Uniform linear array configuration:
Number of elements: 24
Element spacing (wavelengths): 0.5
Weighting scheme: cosine
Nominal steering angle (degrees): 0
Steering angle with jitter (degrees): -0.6133
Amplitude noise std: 0.05
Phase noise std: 0.05

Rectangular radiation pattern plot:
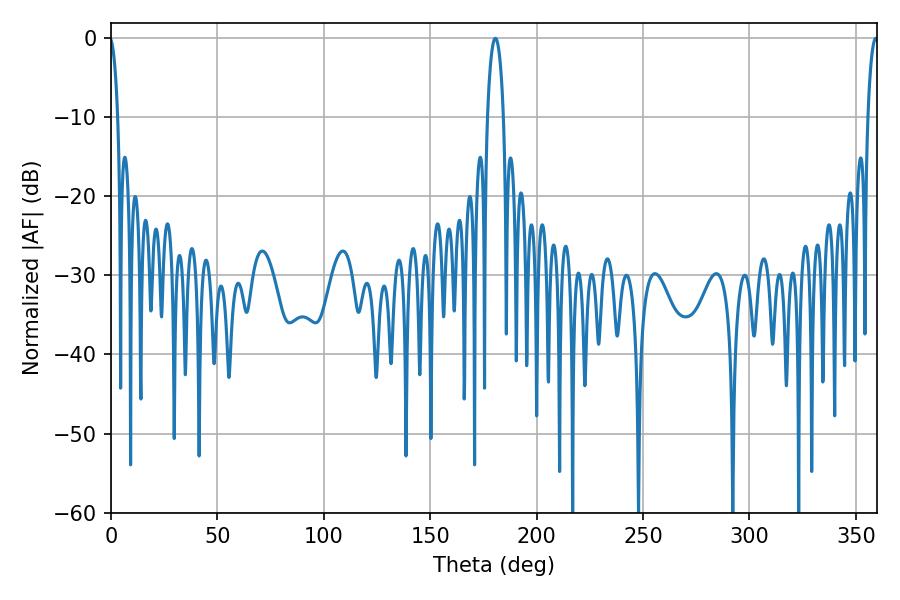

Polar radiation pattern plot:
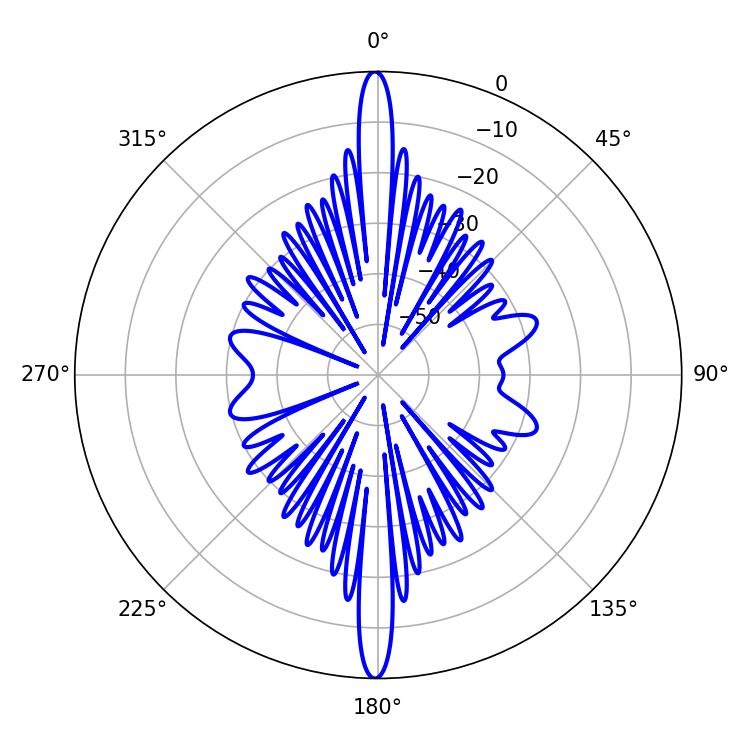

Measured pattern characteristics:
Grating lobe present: FALSE
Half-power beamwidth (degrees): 4.14
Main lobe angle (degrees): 180.54